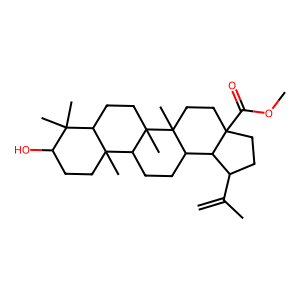
SMILES: C=C(C)C1CCC2(C(=O)OC)CCC3(C)C(CCC4C5(C)CCC(O)C(C)(C)C5CCC43C)C12
Inhibits HIV replication: No